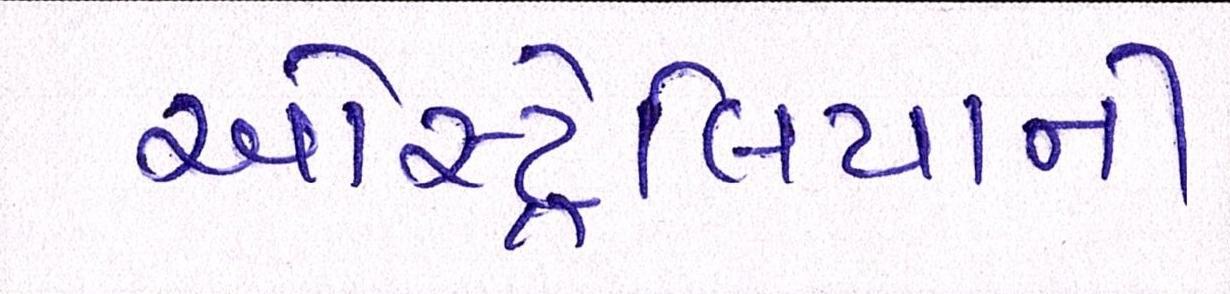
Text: ઓસ્ટ્રેલિયાની